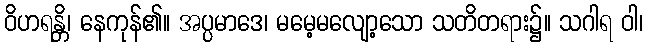
ဝိဟရန္တိ၊ နေကုန်၏။ အပ္ပမာဒေ၊ မမေ့မလျော့သော သတိတရား၌။ သဂါရ ဝါ၊